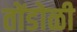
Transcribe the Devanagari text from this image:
तोंडोळी